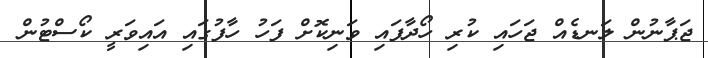
ޖަޕާނުން ލަނޑެއް ޖަހައި ކުރި ހޯދާފައި ވަނިކޮށް ފަހު ހާފުގައި އައިވަރީ ކޯސްޓުން